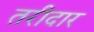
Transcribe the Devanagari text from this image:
तरीदार